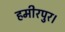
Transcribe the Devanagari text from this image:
हमीरपुर।